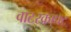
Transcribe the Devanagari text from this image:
वाटरक्राफ्ट